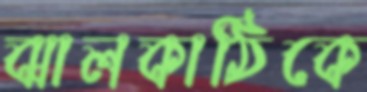
ঝালকাঠিকে